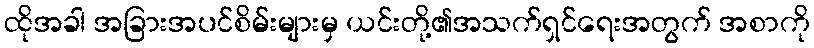
ထိုအခါ အခြားအပင်စိမ်းများမှ ယင်းတို့၏အသက်ရှင်ရေးအတွက် အစာကို